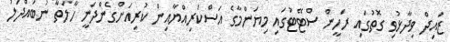
ޒައިދް ވިދާޅުވި ގޮތުގައި ރަހީން ސްޓޭޓުގައި މިޔަންމާގެ އަސްކަރިއްޔާއިން ކުރިއަށްގެންދަނީ ހާލަތާ ނުބައްދަލު